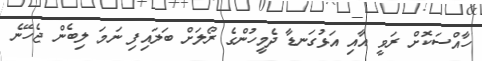
ހާއްސަކޮށް ރަވީ އާއި އަޅުގަނޑާ ދެމީހުންގެ ރޯލަށް ބަލައިފި ނަމަ ލިބެން ޖެހޭނެ